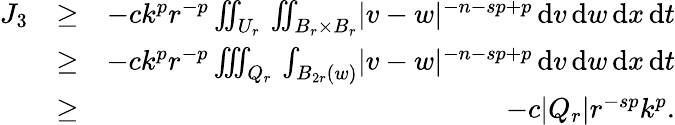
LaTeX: \begin{array}{rlr}{J_{3}}&{\geq}&{-ck^{p}r^{-p}\iint_{U_{r}}\, \iint_{B_{r}\times B_{r}}\lvert v-w\rvert^{-n-sp+p}\, \mathrm{d}v\, \mathrm{d}w\, \mathrm{d}x\, \mathrm{d}t}\\ &{\geq}&{-ck^{p}r^{-p}\iiint_{Q_{r}}\, \int_{B_{2r}(w)}\lvert v-w\rvert^{-n-sp+p}\, \mathrm{d}v\, \mathrm{d}w\, \mathrm{d}x\, \mathrm{d}t}\\ &{\geq}&{-c\lvert Q_{r}\rvert r^{-sp}k^{p}.}\end{array}